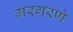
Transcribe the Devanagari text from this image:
गरगरणे